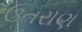
ઉતરાણ